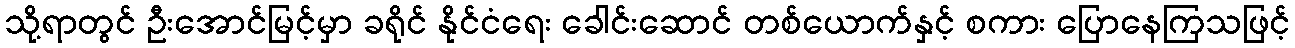
သို့ရာတွင် ဦးအောင်မြင့်မှာ ခရိုင် နိုင်ငံရေး ခေါင်းဆောင် တစ်ယောက်နှင့် စကား ပြောနေကြသဖြင့်